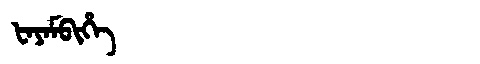
Manchu: ᡶᠠᠶᠠᠮᠪᡳᡥᡝ
Romanization: FAYAMBIHE